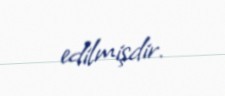
edilmişdir.